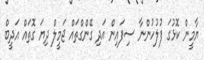
ޔާމީން ކޮޅުގަ ފުލުހުންނާ ސިފައިން އަދި ގޭންގްތައް ޖަމީލް ދިޔަ ގޮތައް އަދީބް